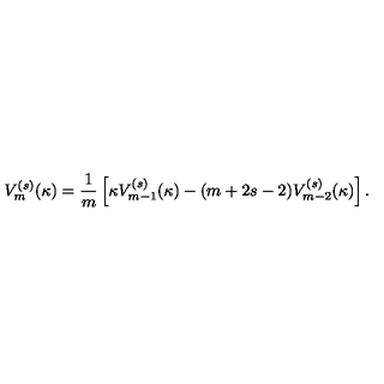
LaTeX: V _ { m } ^ { ( s ) } ( \kappa ) = \frac { 1 } { m } \left[ \kappa V _ { m - 1 } ^ { ( s ) } ( \kappa ) - ( m + 2 s - 2 ) V _ { m - 2 } ^ { ( s ) } ( \kappa ) \right] .